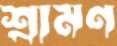
শ্রামণ